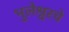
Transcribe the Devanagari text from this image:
भुलेश्वरचे